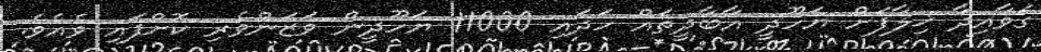
ގަވާއިދާ ޚިލާފަށް ޔަހޫދީ އާބާދީތައް ހަދައި 11000 ޔަހޫދީން ވަޒަންވެރި ކޮށްފައި ވެއެވެ.